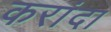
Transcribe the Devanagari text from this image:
करांदा